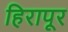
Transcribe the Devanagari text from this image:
हिरापूर